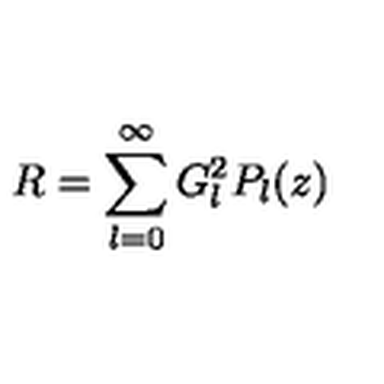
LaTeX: R = \sum _ { l = 0 } ^ { \infty } G _ { l } ^ { 2 } P _ { l } ( z )